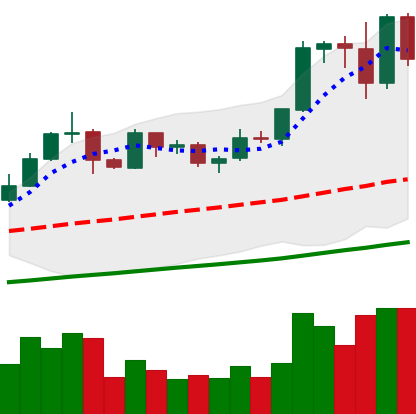
Ticker: EOS-USD
Chart end date: 2019-06-01
Forward return: -17.842%
Label: down_7plus